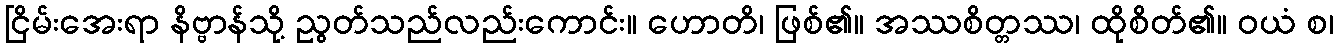
ငြိမ်းအေးရာ နိဗ္ဗာန်သို့ ညွတ်သည်လည်းကောင်း။ ဟောတိ၊ ဖြစ်၏။ အဿစိတ္တဿ၊ ထိုစိတ်၏။ ဝယံ စ၊